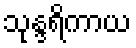
သုန္ဒရိကာယ